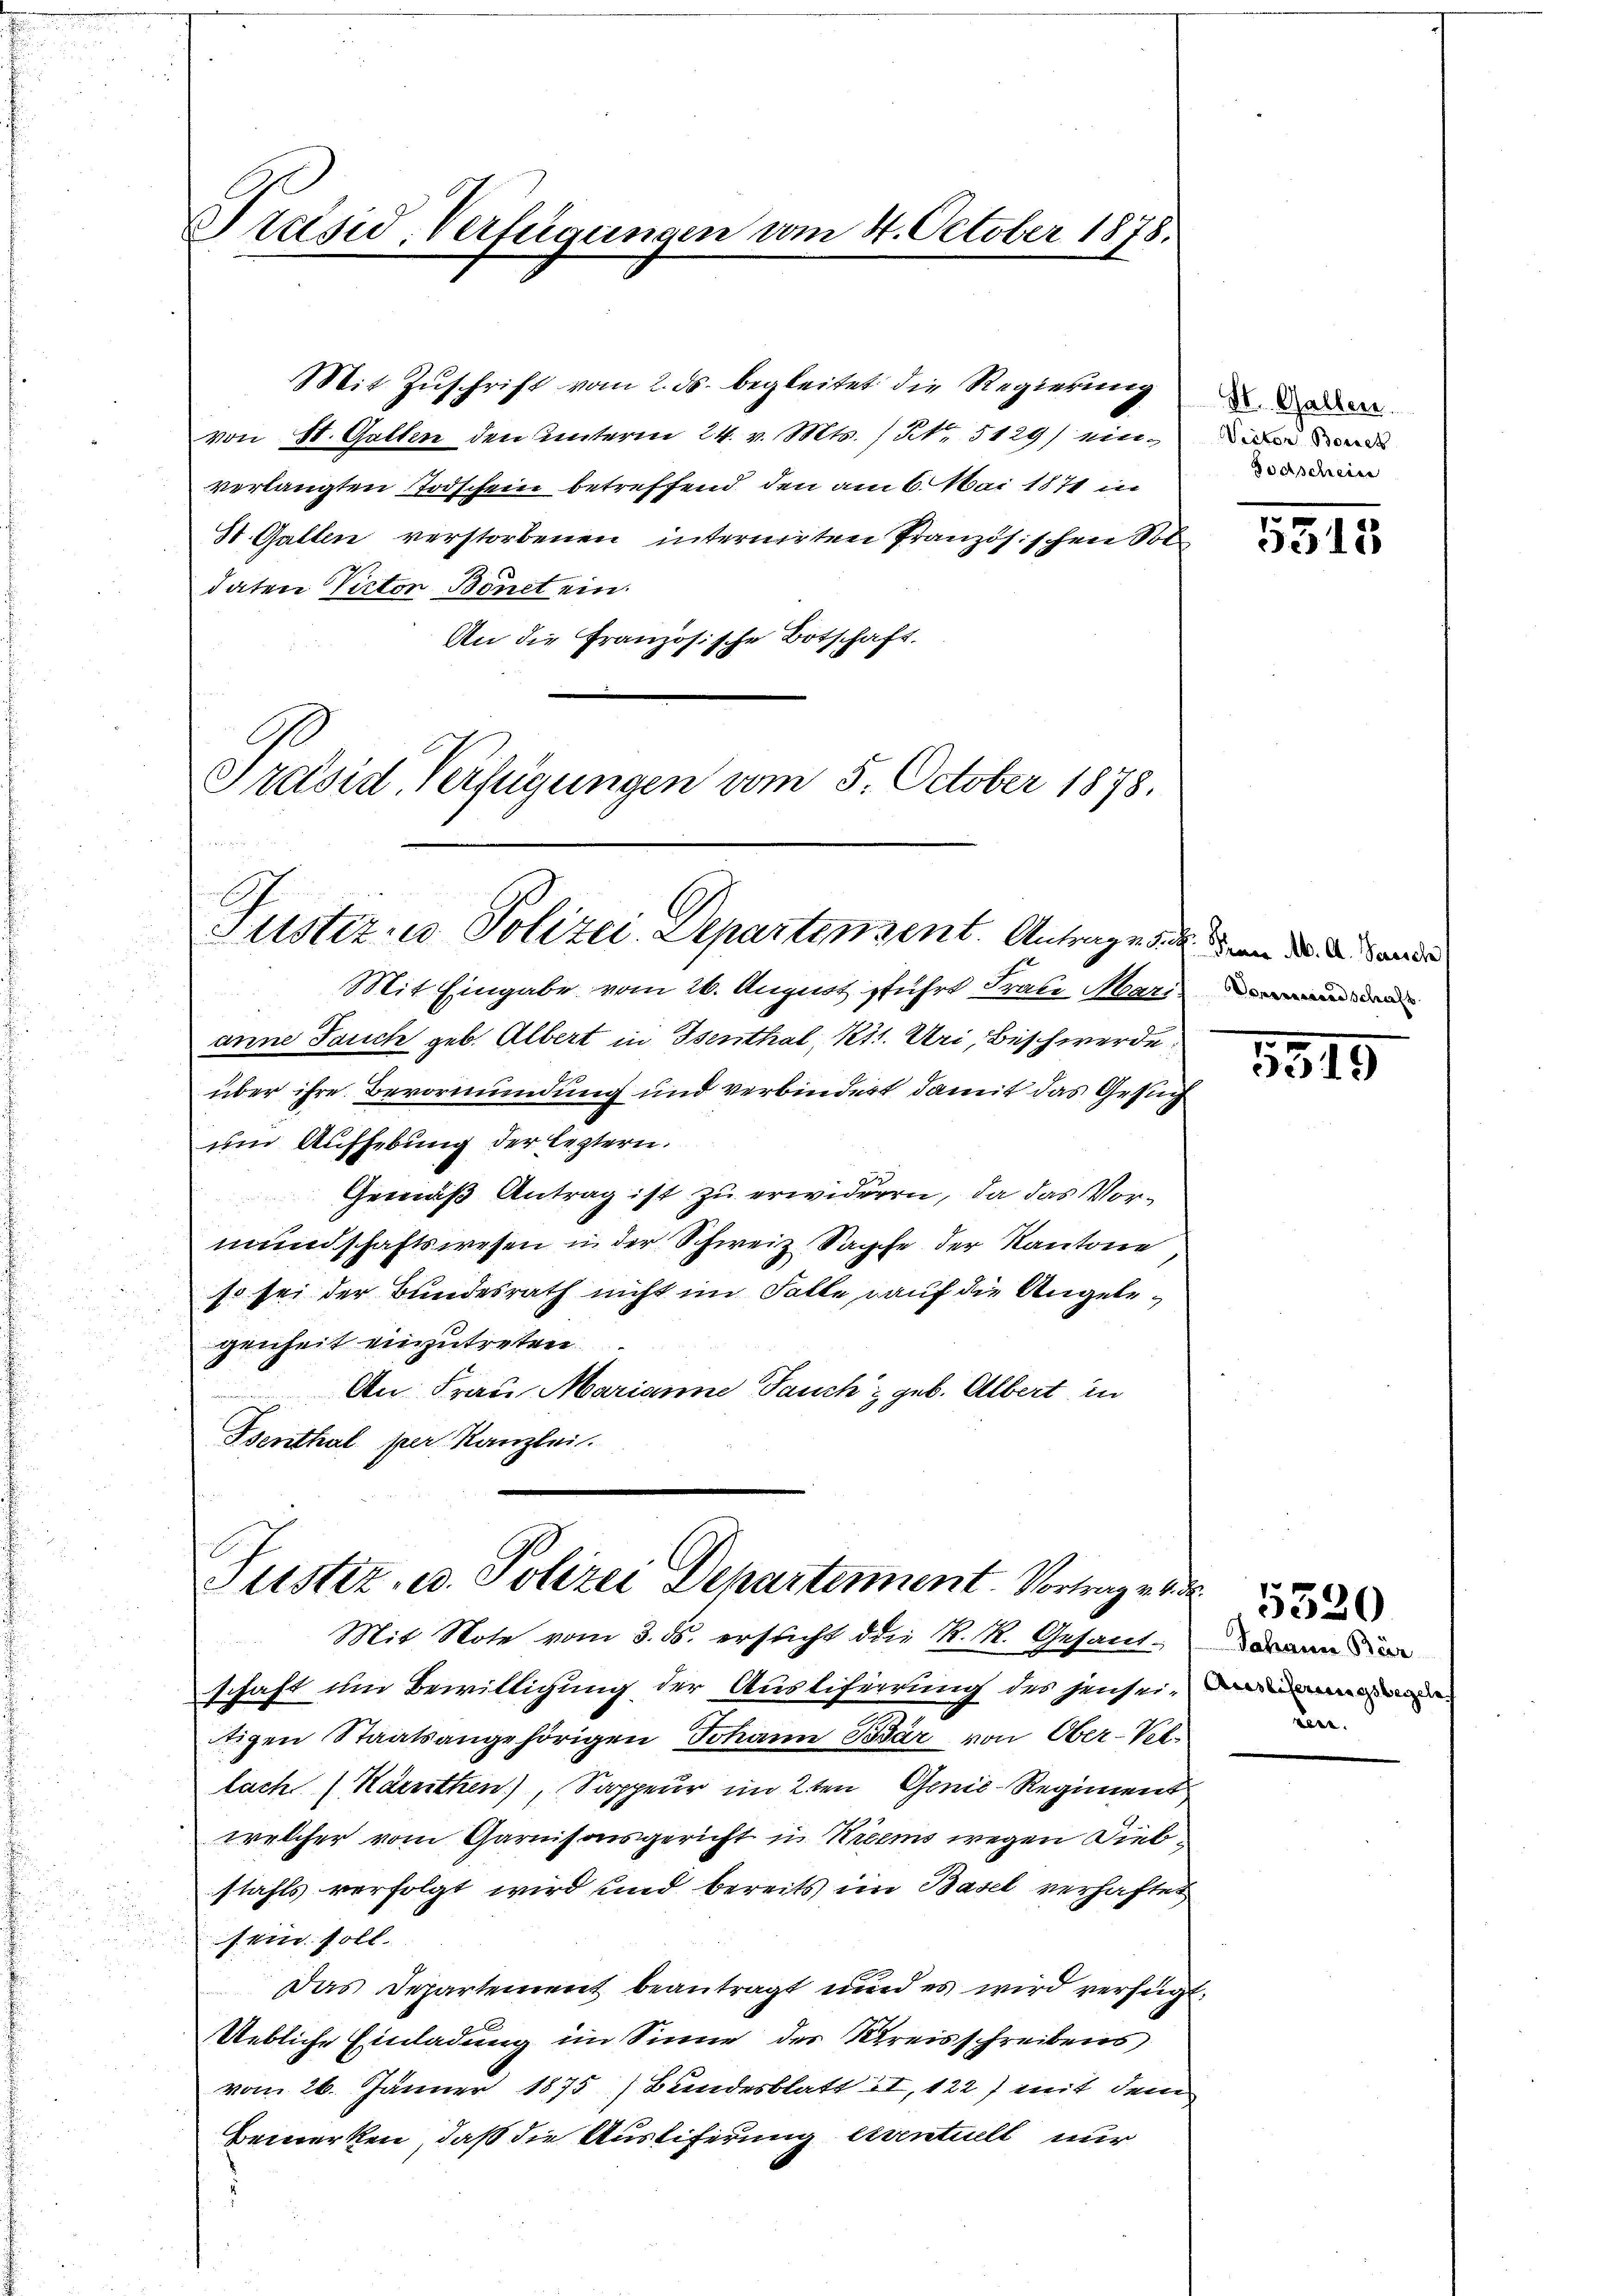
Präsid. Verfügungen vom 24. October 1878.

Mit Zuschrift vom 2. ds. begleitet die Regierung
von St. Gallen den unterm 24. v. Mts. No. 5129) einverlangten Todschein betreffend den am 6. Mai 1874 in
St. Gallen verstorbenen internirten Französischen Sol
daten Victon Bänct ein.
An die Französische Botschaft.
Präsid. Verfügungen vom 5. October 1878.

Mit Eingabe vom 26. August führt Fraue Marien
anne Jauch geb. Albert in Isenthal, Kts. Uri, Beschwerde.
über ihre Bevormundung und verbindert damit das Gesuc
und Aufhebung der leztern.
Gemäß Antrag ist zu erwideren, da das Vormundschaftswesen in der Schweiz. Sapfe der Kantone,
so sei der Bundesrath nicht im Falle auf die Angelegenheit einzutreten.
An Frau Marianne Jauch geb. Albert in
d
Isenthal per Kanzlei.

schaft um Bewilligung der Ausliferrung des jenseitigen Staatsangehörigen Johann Bär von Ober-Verlach (Kärnthen), Sappeur im 2ten Genie-Regiment
welcher vom Garnisonsgericht in Nieims wegen Dieb
stahls verfolgt wird und bereits im Basel verhaftet
sein soll.
Das Departement beantragt und es wird verfügt:
Uebliche Einladung im Sinne des Kreisschreibens
vom 26. Jänner 1875 (Bundesblatt II, 122) mit dem
Bemerken, daß die Auslieferung eventuell nur

E
Justiz- u. Polizei Departen sent. Antrages den die de

Justiz- u. Polizei Departement. Vortrag
Mit Note vom 3. ds. ersticht die R. R. Gesand¬

St. Gallen.
Victor Borseh
Soerschein

5315

5519

Jahanen Bez
ven.